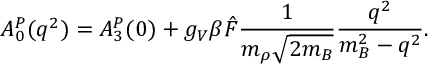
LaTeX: A _ { 0 } ^ { P } ( q ^ { 2 } ) = A _ { 3 } ^ { P } ( 0 ) + g _ { V } \beta { \hat { F } } \frac { 1 } { m _ { \rho } \sqrt { 2 m _ { B } } } \frac { q ^ { 2 } } { m _ { B } ^ { 2 } - q ^ { 2 } } .